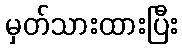
မှတ်သားထားပြီး